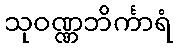
သုဝဏ္ဏဘိင်္ကာရံ